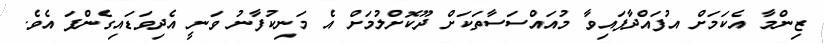
ޒިންމާ އެކަމަށް އުފައްދާފައިވާ މުއައްސަސާތަކަށް ދޫކޮށްލުމަށް އެ މަނިކުފާނު ވަނީ އެދިވަޑައިގެންފަ އެވެ.